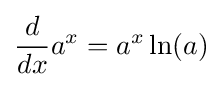
{\frac {d}{dx}}a^{x}=a^{x}\ln(a)